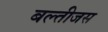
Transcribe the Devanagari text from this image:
बल्तीजस